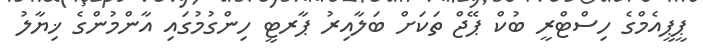
ޕީޕީއެމްގެ ހިސްޓްރީ ބުކް ޕޭޖް ތަކަށް ބަލާއިރު ޕާރޓީ ހިންގުމުގައި އާންމުންގެ ޚިޔާލު